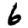
Digit: 6